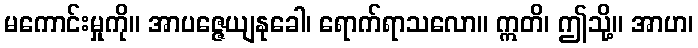
မကောင်းမှုကို။ အာပဇ္ဇေယျနုခေါ၊ ရောက်ရာသလော။ ဣတိ၊ ဤသို့။ အာဟ၊